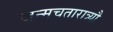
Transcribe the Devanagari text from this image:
जन्मचतारात्र्यौ